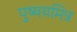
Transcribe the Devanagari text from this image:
पुष्ययमित्र